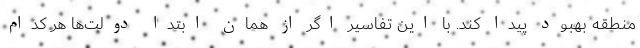
منطقه بهبود پيدا كند. با اين تفاسير اگر از همان ابتدا دولت‌ها هر كدام